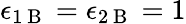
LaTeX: \epsilon_{1\mathrm{~B~}}=\epsilon_{2\mathrm{~B~}}=1